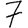
Digit: 7